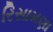
રિસામણા